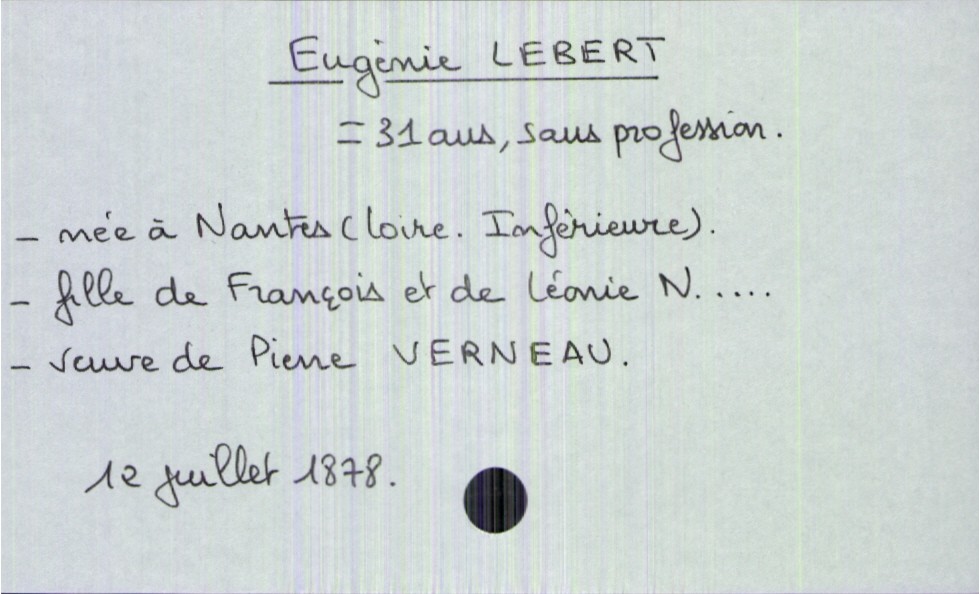
type_acte: Décès
année: 1878
mois: juillet
jour: 12
observations: nom de la mère : non lu
défunt_nom: Lebert
défunt_prénom: Eugénie
défunt_sexe: F
défunt_âge: 31 ans
défunt_profession: sans profession
défunt_lieu_de_naissance: Nantes (Loire-Inférieure)
défunt_statut: veuf(ve)
père_défunt_nom: Lebert
père_défunt_prénom: François
mère_défunt_nom: N...
mère_défunt_prénom: Léonie